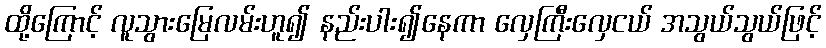
ထို့ကြောင့် လူသွားမြေလမ်းဟူ၍ နည်းပါး၍နေကာ လှေကြီးလှေငယ် အသွယ်သွယ်ဖြင့်